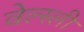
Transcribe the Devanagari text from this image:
वेल्स्ली